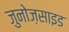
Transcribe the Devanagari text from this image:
जुनोज़साइड